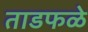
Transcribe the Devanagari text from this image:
ताडफळे